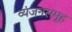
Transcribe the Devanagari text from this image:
व्यंजनसमूह